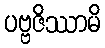
ပဗ္ဗဇိဿာမိ